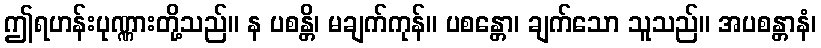
ဤရဟန်းပုဏ္ဏားတို့သည်။ န ပစန္တိ၊ မချက်ကုန်။ ပစန္တော၊ ချက်သော သူသည်။ အပစန္တာနံ၊